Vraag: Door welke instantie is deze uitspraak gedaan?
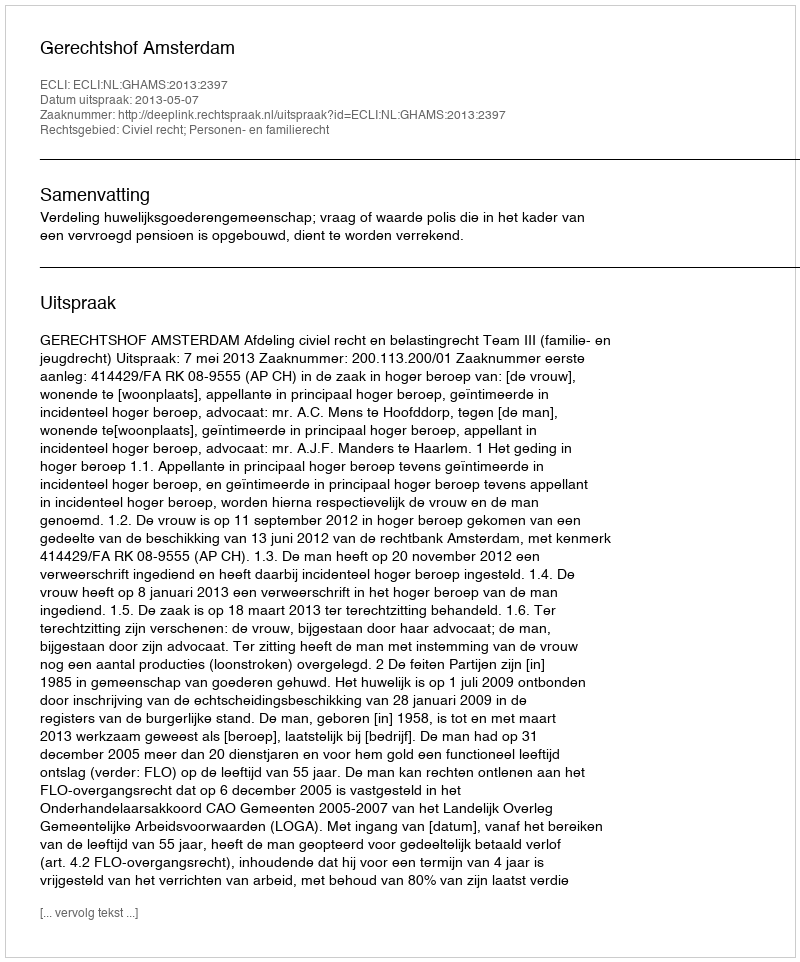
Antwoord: Gerechtshof Amsterdam